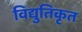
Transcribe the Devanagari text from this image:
विद्युतिकृत